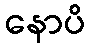
နောပိ